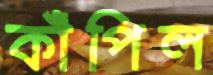
কাঁপিল